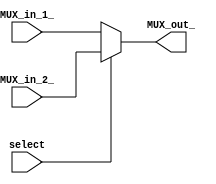
`timescale 1ns/1ns
module MUX_8b(input [7:0]MUX_in_1_ , input [7:0]MUX_in_2_ ,input select , output [7:0]MUX_out_);
assign MUX_out_ = (select == 1'b1) ? (MUX_in_2_): MUX_in_1_;
endmodule